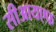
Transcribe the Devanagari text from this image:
सीआयएफ